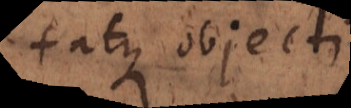
parte objecti